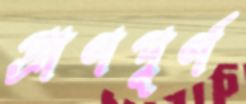
প্রাণপূর্ণ